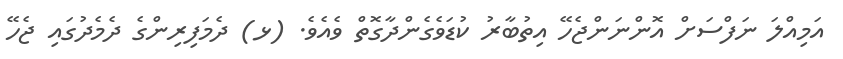
އަމިއްލަ ނަފްސަށް އޮންނަންޖެހޭ އިތުބާރު ކުޑަވެގެންދާގޮތް ވެއެވެ. (ޅ) ދެމަފިރިންގެ ދެމެދުގައި ޖެހޭ